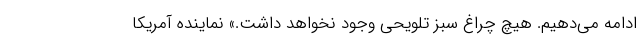
ادامه می‌دهیم. هیچ چراغ سبز تلویحی وجود نخواهد داشت.» نماینده آمریکا